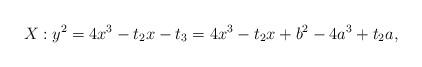
LaTeX: \begin{align*}X: y^2 = 4x^3 -t_2x -t_3 = 4x^3 - t_2x + b^2 - 4a^3 +t_2a, \end{align*}